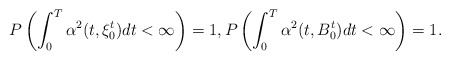
\begin{align*} P\left(\int_0^T \alpha^2(t, \xi_0^t) dt < \infty \right)=1, P\left(\int_0^T \alpha^2(t, B_0^t) dt < \infty\right)=1.\end{align*}